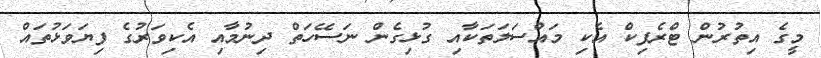
މީގެ އިތުރުން ޓްރެފިކް އެކި މައްސަލަތަކާއި ގުޅިގެން ނަސޭހަތް ދިނުމާއި އެކިވަރުގެ ފިޔަވަޅުތައް